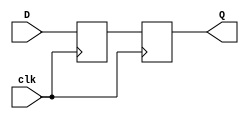
module d_flip_flop (
    input D,
    input clk,
    output reg Q
);

reg D_ff;

always @(negedge clk) begin
    D_ff <= D;
    Q <= D_ff;
end

endmodule